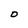
Character: O